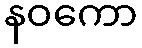
နဝကော